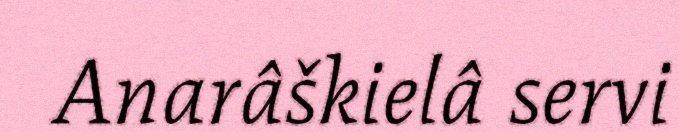
Anarâškielâ servi